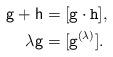
LaTeX: \begin{align*}\mathsf{g}+\mathsf{h}&=[\mathtt{g}\cdot\mathtt{h}],\\\lambda \mathsf{g}&=[\mathtt{g}^{(\lambda)}].\\\end{align*}